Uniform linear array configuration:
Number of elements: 24
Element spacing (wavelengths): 0.25
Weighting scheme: cosine
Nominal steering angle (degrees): -60
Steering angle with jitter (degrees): -61.541
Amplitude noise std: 0.05
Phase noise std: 0.05

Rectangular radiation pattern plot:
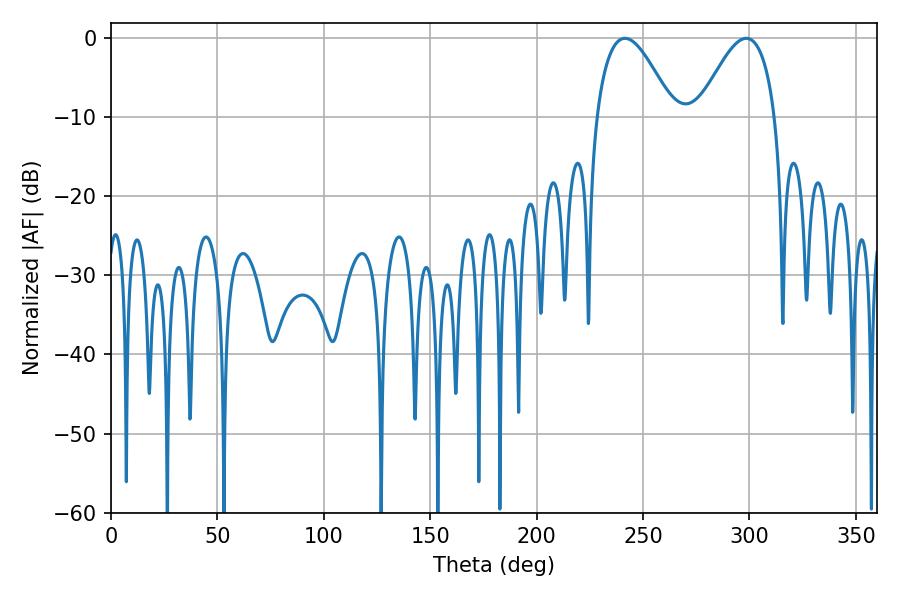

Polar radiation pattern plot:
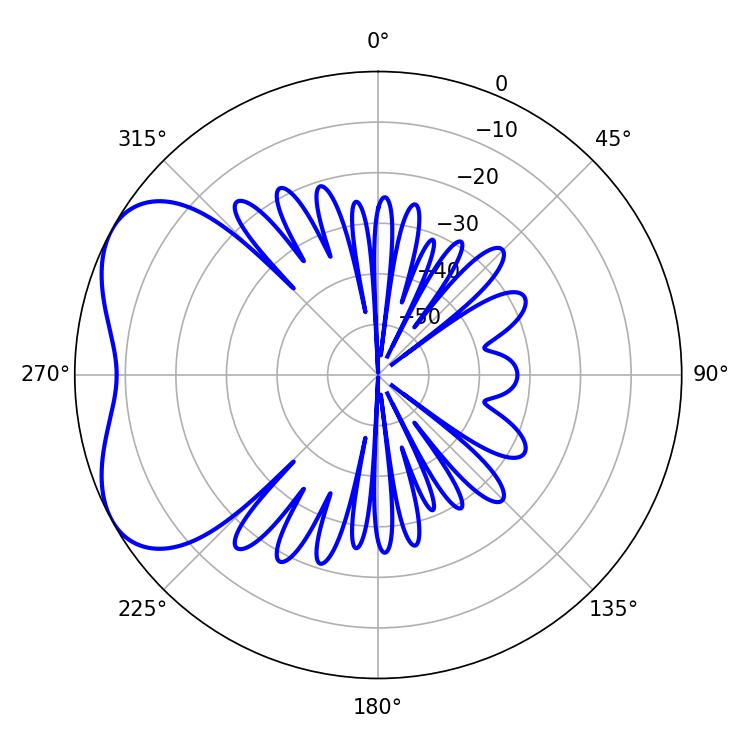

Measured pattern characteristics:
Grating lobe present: FALSE
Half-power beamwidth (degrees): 19.62
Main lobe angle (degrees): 241.56